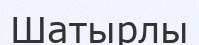
Шатырлы